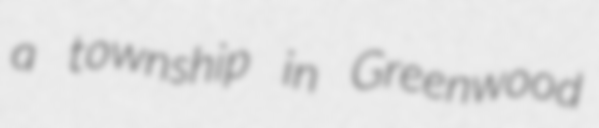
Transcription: a township in Greenwood